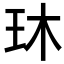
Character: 𬍓